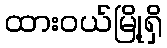
ထားဝယ်မြို့ရှိ